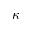
\kappa